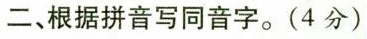
二、根据拼音写同音字。(4分)